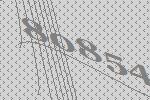
80854